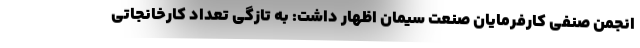
انجمن صنفی کارفرمایان صنعت سیمان اظهار داشت: به تازگی تعداد کارخانجاتی